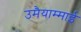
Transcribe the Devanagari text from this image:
उमैयाम्माई